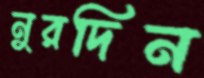
নুরদিন